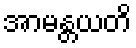
အာမန္တယတိ